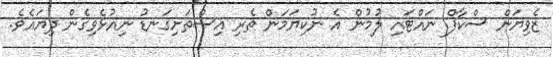
ޒެވިޔަން ސްކާފް ނައްޓައި ލުމުން އެ ނުކިޔަމަން ތެރި އިސްތަށިގަނޑު ނިއުޅެވިގެން ދިޔައެވެ.